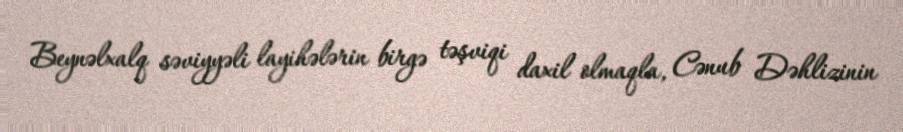
Beynəlxalq səviyyəli layihələrin birgə təşviqi daxil olmaqla, Cənub Dəhlizinin